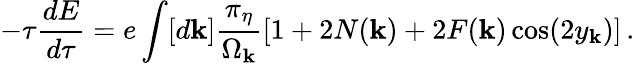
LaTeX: -\tau{\frac{dE}{d\tau}}=e\int[d{\mathbf k}]\frac{\pi_{\eta}}{\Omega_{\mathbf k}}[1+2N({\mathbf k})+2F({\mathbf k})\cos(2y_{\mathbf k})]\, .